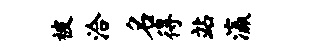
被洽名得站瀛